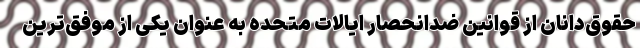
حقوق‌دانان از قوانین ضدانحصار ایالات متحده به عنوان یکی از موفق‌ترین